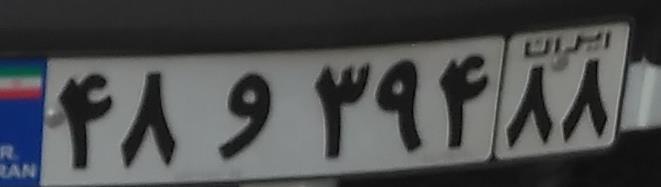
۴۸و۳۹۴۸۸